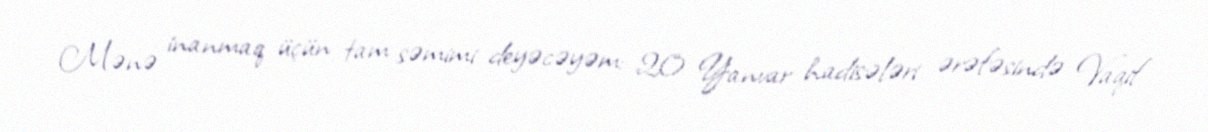
Mənə inanmaq üçün tam səmimi deyəcəyəm: 20 Yanvar hadisələri ərəfəsində Vaqif